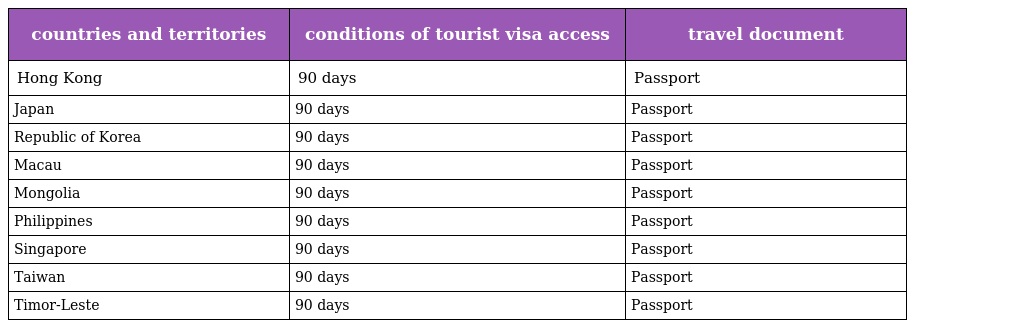
| countries and territories | conditions of tourist visa access | travel document |
 | --- | --- | --- |
 | Hong Kong | 90 days | Passport |
 | Japan | 90 days | Passport |
 | Republic of Korea | 90 days | Passport |
 | Macau | 90 days | Passport |
 | Mongolia | 90 days | Passport |
 | Philippines | 90 days | Passport |
 | Singapore | 90 days | Passport |
 | Taiwan | 90 days | Passport |
 | Timor-Leste | 90 days | Passport |